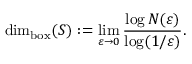
\dim _ { \mathrm { { b o x } } } ( S ) : = \operatorname* { l i m } _ { \varepsilon \to 0 } { \frac { \log N ( \varepsilon ) } { \log ( 1 / \varepsilon ) } } .